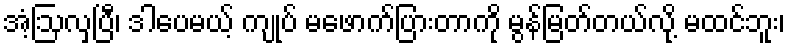
အံ့ဩလှပြီ၊ ဒါပေမယ့် ကျုပ် မဖောက်ပြားတာကို မွန်မြတ်တယ်လို့ မထင်ဘူး၊